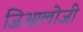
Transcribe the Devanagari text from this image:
जिआलोजी